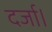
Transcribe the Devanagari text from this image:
दर्जा।